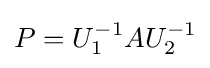
P=U_{1}^{-1}AU_{2}^{-1}